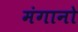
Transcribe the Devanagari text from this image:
मंगानो